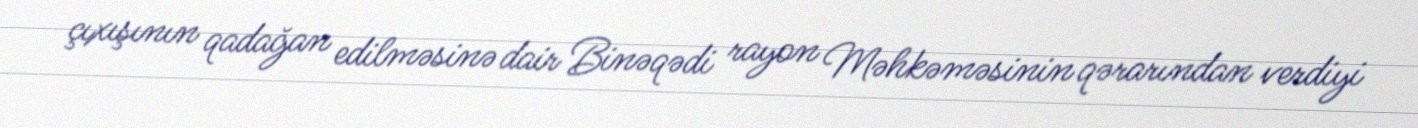
çıxışının qadağan edilməsinə dair Binəqədi rayon Məhkəməsinin qərarından verdiyi